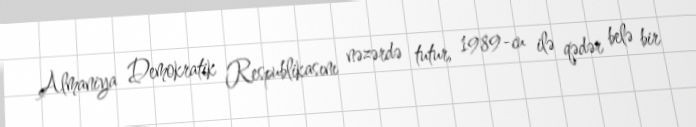
Almaniya Demokratik Respublikasını nəzərdə tutur, 1989-cu ilə qədər belə bir